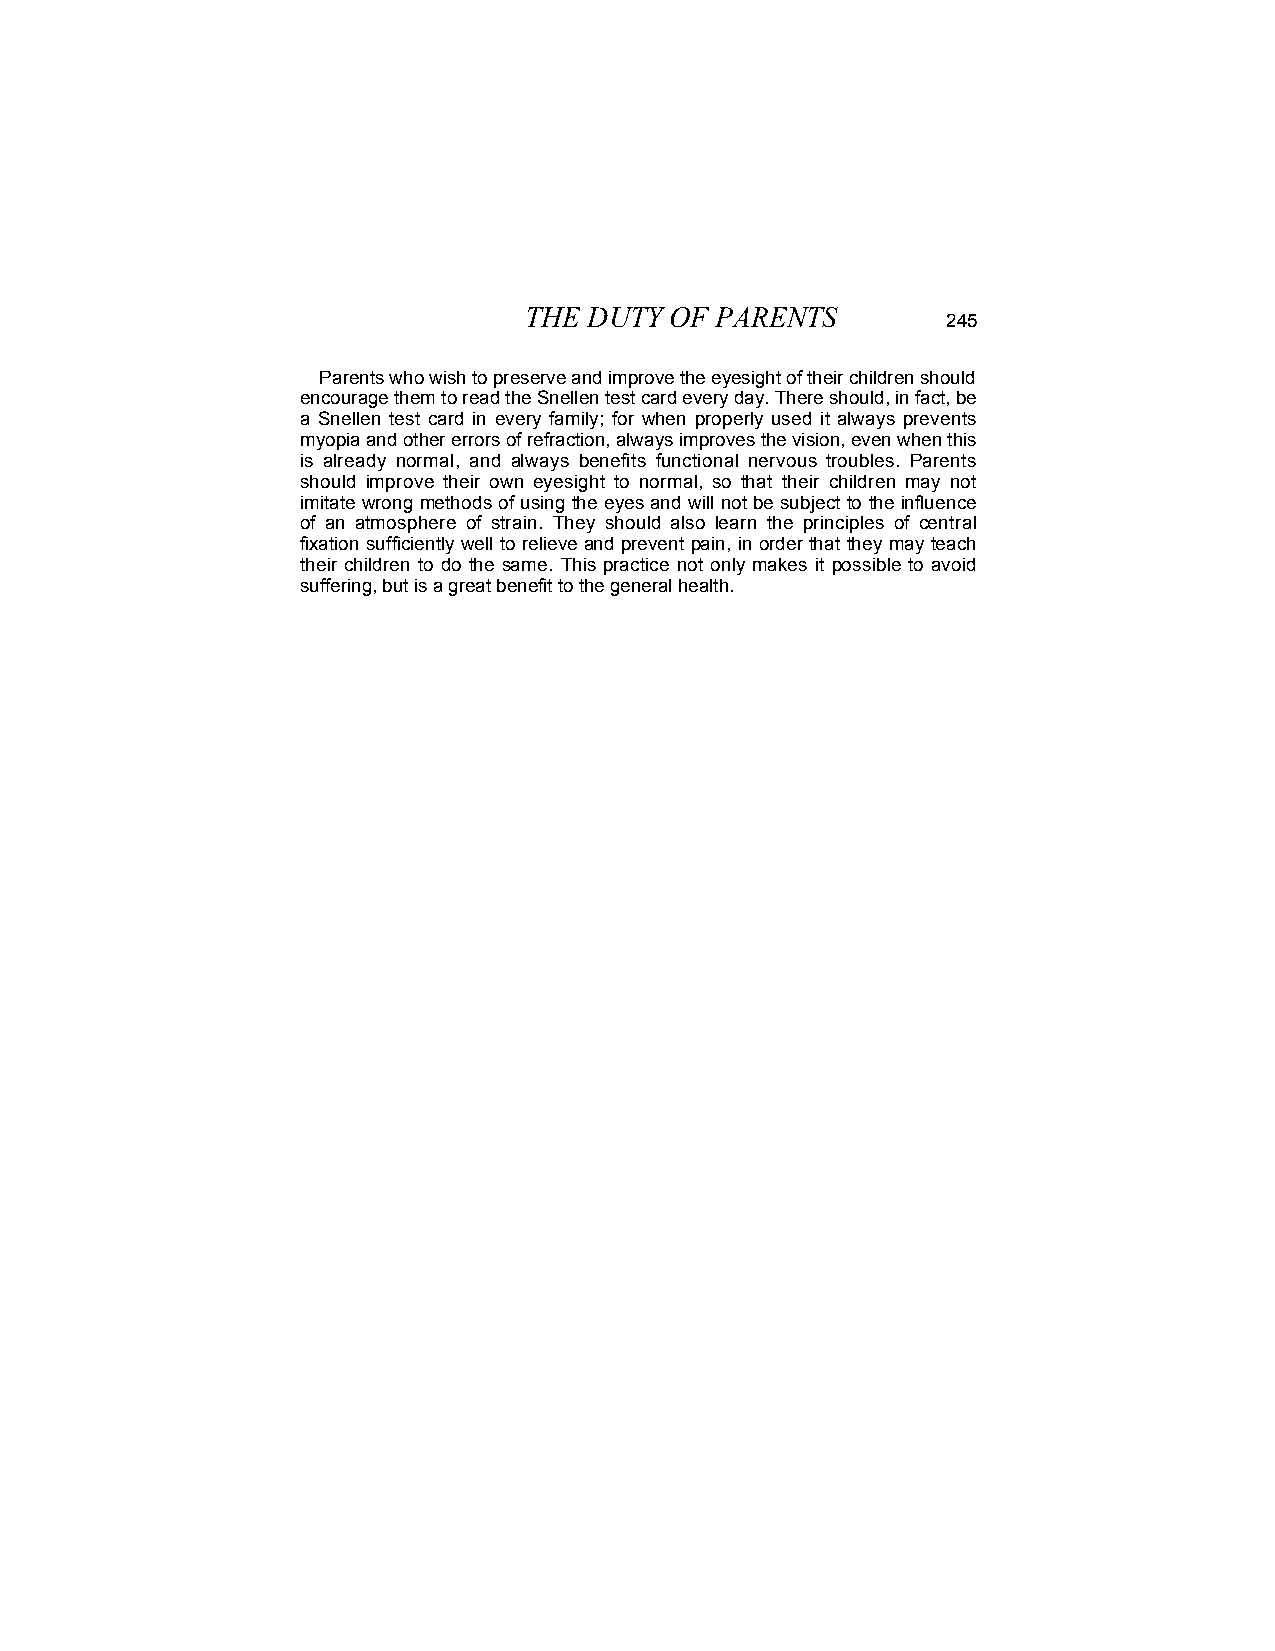
THE DUTY OF PARENTS
 245
 Parents who wish to preserve and improve the eyesight of their children should
 encourage them to read the Snellen test card every day. There should, in fact, be
 a Snellen test card in every family; for when properly used it always prevents
 myopia and other errors of refraction, always improves the vision, even when this
 is already normal, and always benefits functional nervous troubles. Parents
 should improve their own eyesight to normal, so that their children may not
 imitate wrong methods of using the eyes and will not be subject to the influence
 of an atmosphere of strain. They should also learn the principles of central
 fixation sufficiently well to relieve and prevent pain, in order that they may teach
 their children to do the same. This practice not only makes it possible to avoid
 suffering, but is a great benefit to the general health.